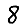
Digit: 8